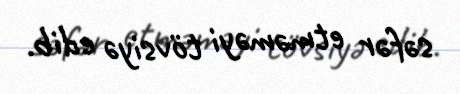
səfər etməməyi tövsiyə edib.